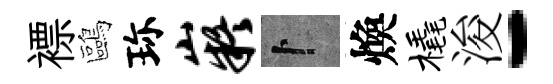
褾鷗珎嶷卜煥橇浚-